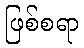
ဖြစ်စရာ